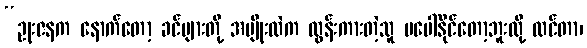
“ဥုးဇနက နောက်တော့ ခင်ဗျားတို့ အမျိုးထဲက ထွန်းကားတဲ့သူ မပေါ်နိုင်တော့ဘူးလို့ ထင်တာ၊